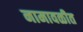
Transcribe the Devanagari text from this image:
नामावळीत